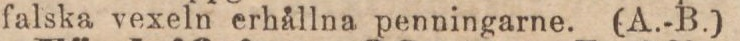
falska vexeln erhållna penningarne. (A.-B.)